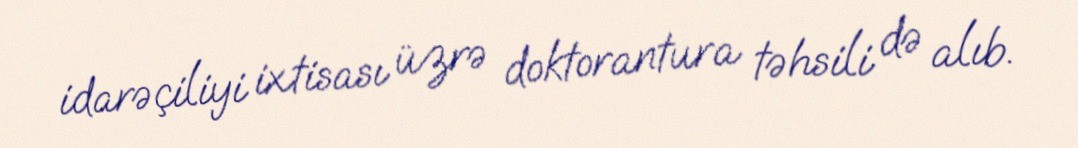
idarəçiliyi ixtisası üzrə doktorantura təhsili də alıb.